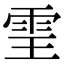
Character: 𩂊